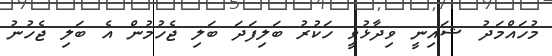
މުހައްމަދު ޝައިނީ ވިދާޅުވީ ހަކުރު ބަލިފަދަ ބަލި ޖެހުމުން އެ ބަލި ޖެހުނު